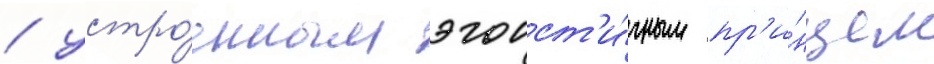
/ устро́енным эгоист'и́чным пр'и́нцем